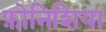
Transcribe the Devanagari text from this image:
फ़ोनिशिया